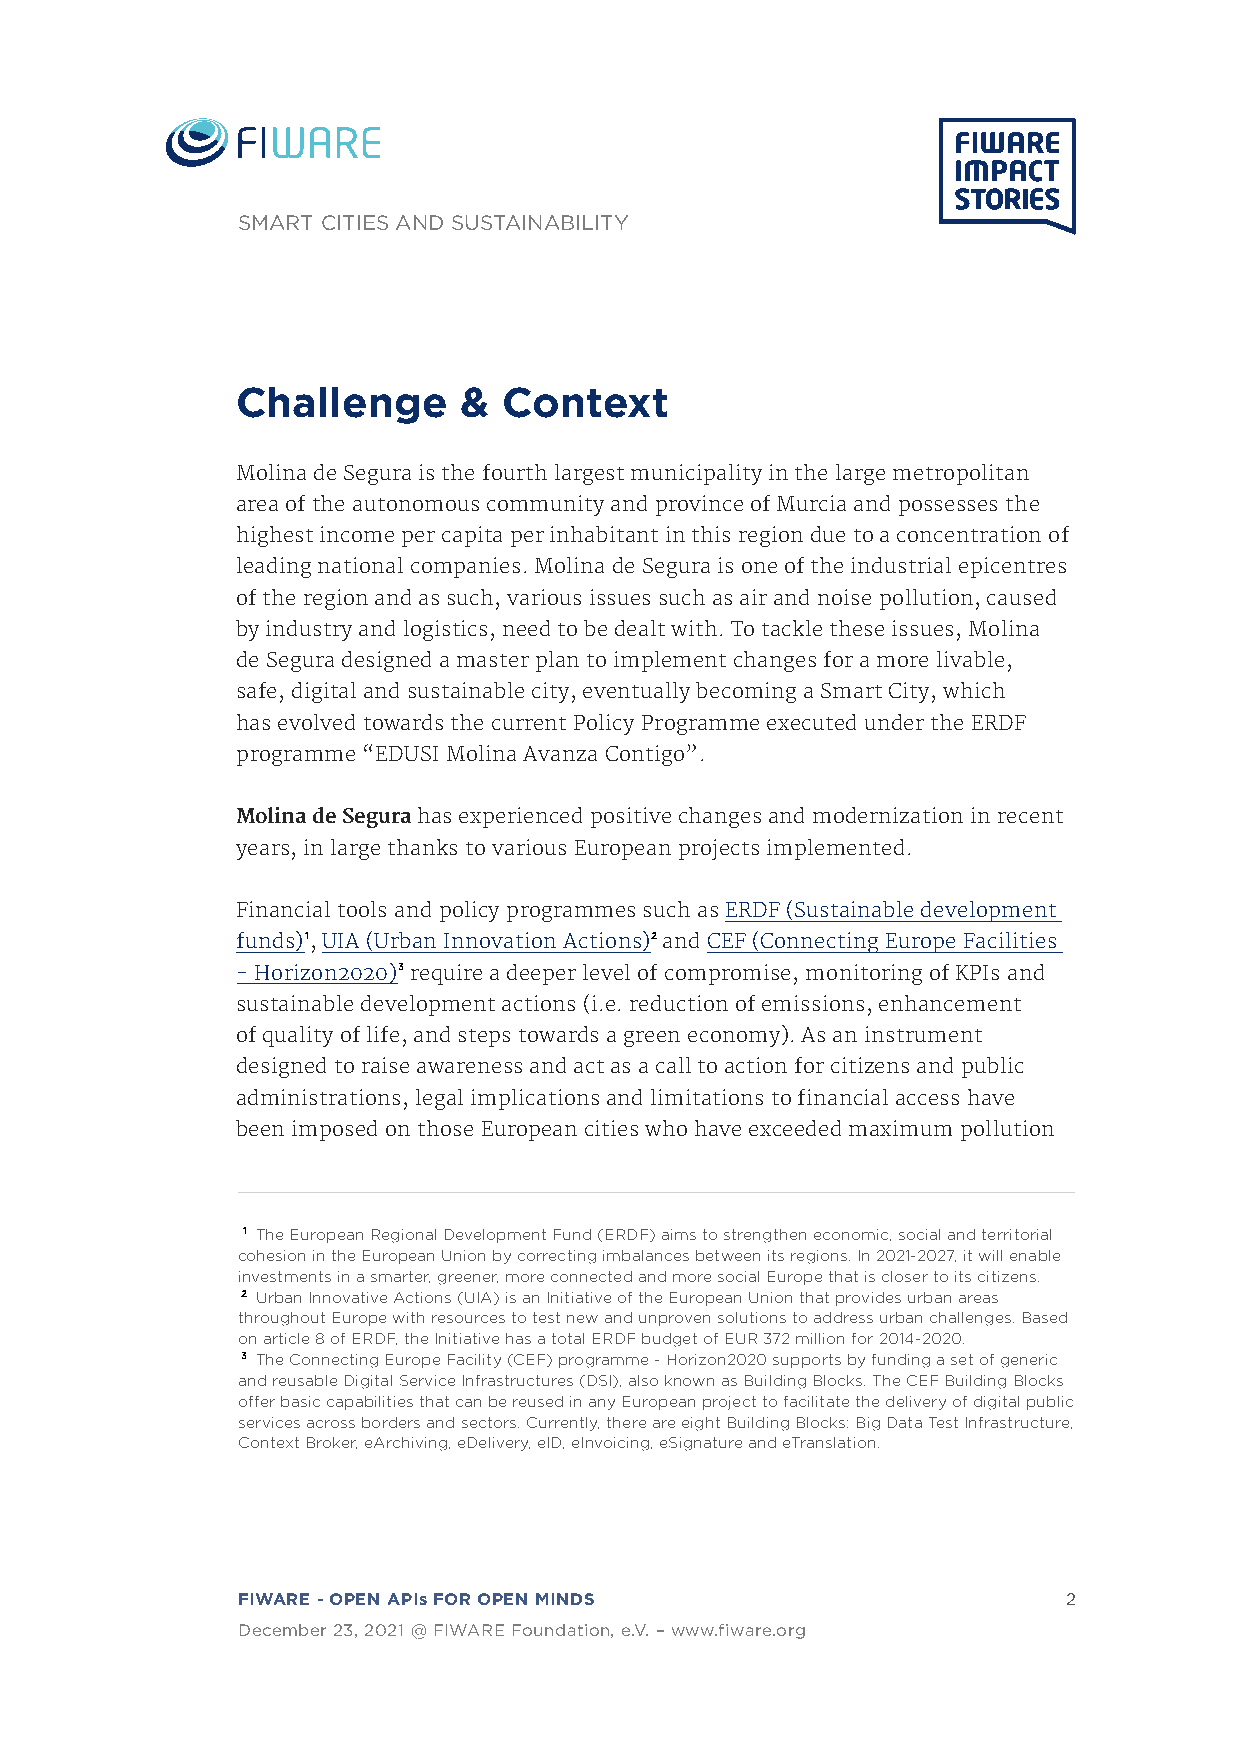
SMART CITIES AND SUSTAINABILITY
 Challenge     &  Context
 Molina de Segura is the fourth largest municipality in the large metropolitan
 area of the autonomous community and province of Murcia and possesses the
 highest income per capita per inhabitant in this region due to a concentration of
 leading national companies. Molina de Segura is one of the industrial epicentres
 of the region and as such, various issues such as air and noise pollution, caused
 by industry and logistics, need to be dealt with. To tackle these issues, Molina
 de Segura designed a master plan to implement changes for a more livable,
 safe, digital and sustainable city, eventually becoming a Smart City, which
 has evolved towards the current Policy Programme executed under the ERDF
 programme “EDUSI Molina Avanza Contigo”.
 Molina de Segura has experienced positive changes and modernization in recent
 years, in large thanks to various European projects implemented.
 Financial tools and policy programmes such as ERDF (Sustainable development
 funds)1, UIA (Urban Innovation Actions)2 and CEF (Connecting Europe Facilities
 - Horizon2020)3 require a deeper level of compromise, monitoring of KPIs and
 sustainable development actions (i.e. reduction of emissions, enhancement
 of quality of life, and steps towards a green economy). As an instrument
 designed to raise awareness and act as a call to action for citizens and public
 administrations, legal implications and limitations to financial access have
 been imposed on those European cities who have exceeded maximum pollution
 1 The European Regional Development Fund (ERDF) aims to strengthen economic, social and territorial
 cohesion in the European Union by correcting imbalances between its regions. In 2021-2027, it will enable
 investments in a smarter, greener, more connected and more social Europe that is closer to its citizens.
 2 Urban Innovative Actions (UIA) is an Initiative of the European Union that provides urban areas
 throughout Europe with resources to test new and unproven solutions to address urban challenges. Based
 on article 8 of ERDF, the Initiative has a total ERDF budget of EUR 372 million for 2014-2020.
 3 The Connecting Europe Facility (CEF) programme - Horizon2020 supports by funding a set of generic
 and reusable Digital Service Infrastructures (DSI), also known as Building Blocks. The CEF Building Blocks
 offer basic capabilities that can be reused in any European project to facilitate the delivery of digital public
 services across borders and sectors. Currently, there are eight Building Blocks: Big Data Test Infrastructure,
 Context Broker, eArchiving, eDelivery, eID, eInvoicing, eSignature and eTranslation.
 FIWARE - OPEN APIs FOR OPEN MINDS                     2
 December 23, 2021 @ FIWARE Foundation, e.V. – www.fiware.org